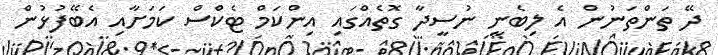
ދޭ ތަންތަނުން އެ ލިބެނީ ނުސީދާ ގޮތެއްގައި އިންކަމް ޓެކްސް ކަމަށާއި އެބޭފުޅުން